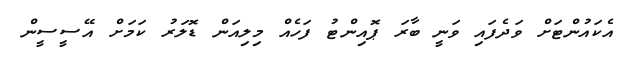
އެކައުންޓަށް ވަދެފައި ވަނީ ބާރަ ޕޮއިންޓު ފަހެއް މިލިއަން ޑޮލަރު ކަމަށް އޭސީސީން